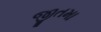
જીતમા